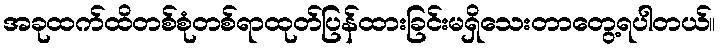
အခုထက်ထိတစ်စုံတစ်ရာထုတ်ပြန်ထားခြင်းမရှိသေးတာတွေ့ရပါတယ်။